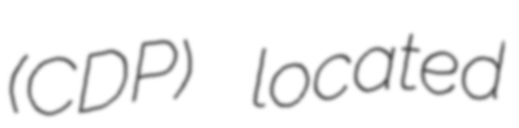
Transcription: (CDP) located